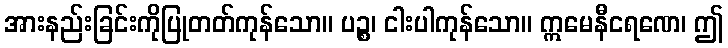
အားနည်းခြင်းကိုပြုတတ်ကုန်သော။ ပဉ္စ၊ ငါးပါကုန်သော။ ဣမေနီငရဏေ၊ ဤ